Problem: 49 + 14 = ?
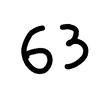
Handwritten answer: 63